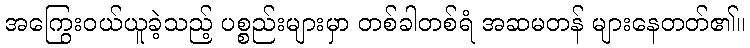
အကြွေးဝယ်ယူခဲ့သည့် ပစ္စည်းများမှာ တစ်ခါတစ်ရံ အဆမတန် များနေတတ်၏။